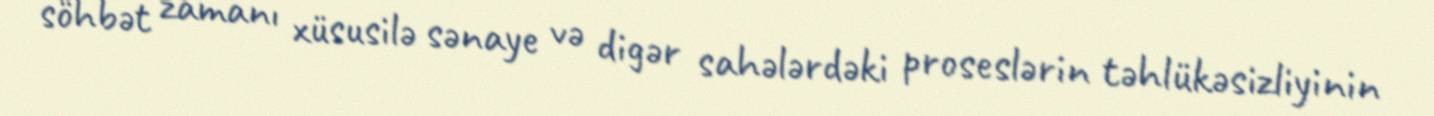
söhbət zamanı xüsusilə sənaye və digər sahələrdəki proseslərin təhlükəsizliyinin